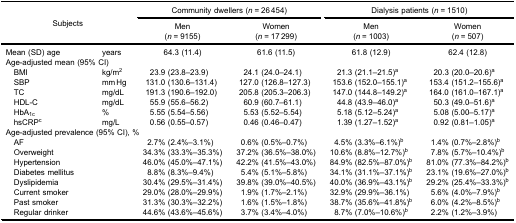
<table><thead><tr><td rowspan="4" colspan="2"><b>Subjects</b></td><td colspan="2"><b>Community dwellers (<i>n</i> = 26 454)</b></td><td colspan="2"><b>Dialysis patients (<i>n</i> = 1510)</b></td></tr><tr><td><b>Men</b></td><td><b>Women</b></td><td><b>Men</b></td><td><b>Women</b></td></tr><tr><td><b>(<i>n</i> = 9155)</b></td><td><b>(<i>n</i> = 17 299)</b></td><td><b>(<i>n</i> = 1003)</b></td><td><b>(<i>n</i> = 507)</b></td></tr></thead><tbody><tr><td>Mean (SD) age</td><td>years</td><td>64.3 (11.4)</td><td>61.6 (11.5)</td><td>61.8 (12.9)</td><td>62.4 (12.8)</td></tr><tr><td colspan="6">Age-adjusted mean (95% CI)</td></tr><tr><td> BMI</td><td>kg/m<sup>2</sup></td><td>23.9 (23.8–23.9)</td><td>24.1 (24.0–24.1)</td><td>21.3 (21.1–21.5)<sup>a</sup></td><td>20.3 (20.0–20.6)<sup>a</sup></td></tr><tr><td> SBP</td><td>mm Hg</td><td>131.0 (130.6–131.4)</td><td>127.0 (126.8–127.3)</td><td>153.6 (152.0–155.1)<sup>a</sup></td><td>153.4 (151.2–155.6)<sup>a</sup></td></tr><tr><td> TC</td><td>mg/dL</td><td>191.3 (190.6–192.0)</td><td>205.8 (205.3–206.3)</td><td>147.0 (144.8–149.2)<sup>a</sup></td><td>164.0 (161.0–167.1)<sup>a</sup></td></tr><tr><td> HDL-C</td><td>mg/dL</td><td>55.9 (55.6–56.2)</td><td>60.9 (60.7–61.1)</td><td>44.8 (43.9–46.0)<sup>a</sup></td><td>50.3 (49.0–51.6)<sup>a</sup></td></tr><tr><td> HbA<sub>1c</sub></td><td>%</td><td>5.55 (5.54–5.56)</td><td>5.53 (5.52–5.54)</td><td>5.18 (5.12–5.24)<sup>a</sup></td><td>5.08 (5.00–5.17)<sup>a</sup></td></tr><tr><td> hsCRP<sup>c</sup></td><td>mg/L</td><td>0.56 (0.55–0.57)</td><td>0.46 (0.46–0.47)</td><td>1.39 (1.27–1.52)<sup>a</sup></td><td>0.92 (0.81–1.05)<sup>a</sup></td></tr><tr><td colspan="6">Age-adjusted prevalence (95% CI), %</td></tr><tr><td> AF</td><td> </td><td>2.7% (2.4%–3.1%)</td><td>0.6% (0.5%–0.7%)</td><td>4.5% (3.3%–6.1%)<sup>b</sup></td><td>1.4% (0.7%–2.8%)<sup>b</sup></td></tr><tr><td> Overweight</td><td> </td><td>34.3% (33.3%–35.3%)</td><td>37.2% (36.5%–38.0%)</td><td>10.6% (8.8%–12.7%)<sup>b</sup></td><td>7.8% (5.7%–10.4%)<sup>b</sup></td></tr><tr><td> Hypertension</td><td> </td><td>46.0% (45.0%–47.1%)</td><td>42.2% (41.5%–43.0%)</td><td>84.9% (82.5%–87.0%)<sup>b</sup></td><td>81.0% (77.3%–84.2%)<sup>b</sup></td></tr><tr><td> Diabetes mellitus</td><td> </td><td>8.8% (8.3%–9.4%)</td><td>5.4% (5.1%–5.8%)</td><td>34.1% (31.1%–37.1%)<sup>b</sup></td><td>23.1% (19.6%–27.0%)<sup>b</sup></td></tr><tr><td> Dyslipidemia</td><td> </td><td>30.4% (29.5%–31.4%)</td><td>39.8% (39.0%–40.5%)</td><td>40.0% (36.9%–43.1%)<sup>b</sup></td><td>29.2% (25.4%–33.3%)<sup>b</sup></td></tr><tr><td> Current smoker</td><td> </td><td>29.0% (28.0%–29.9%)</td><td>1.9% (1.7%–2.1%)</td><td>32.9% (29.9%–36.1%)</td><td>5.6% (4.0%–7.9%)<sup>b</sup></td></tr><tr><td> Past smoker</td><td> </td><td>31.3% (30.3%–32.2%)</td><td>1.6% (1.5%–1.8%)</td><td>38.7% (35.6%–41.8%)<sup>b</sup></td><td>6.0% (4.2%–8.5%)<sup>b</sup></td></tr><tr><td> Regular drinker</td><td> </td><td>44.6% (43.6%–45.6%)</td><td>3.7% (3.4%–4.0%)</td><td>8.7% (7.0%–10.6%)<sup>b</sup></td><td>2.2% (1.2%–3.9%)</td></tr></tbody></table>